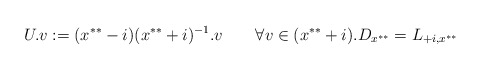
\begin{align*}U.v := (x^{**} - i)(x^{**} +i)^{-1}.v \qquad\forall v \in (x^{**}+i).D_{x^{**}} = L_{+i,x^{**}}\end{align*}